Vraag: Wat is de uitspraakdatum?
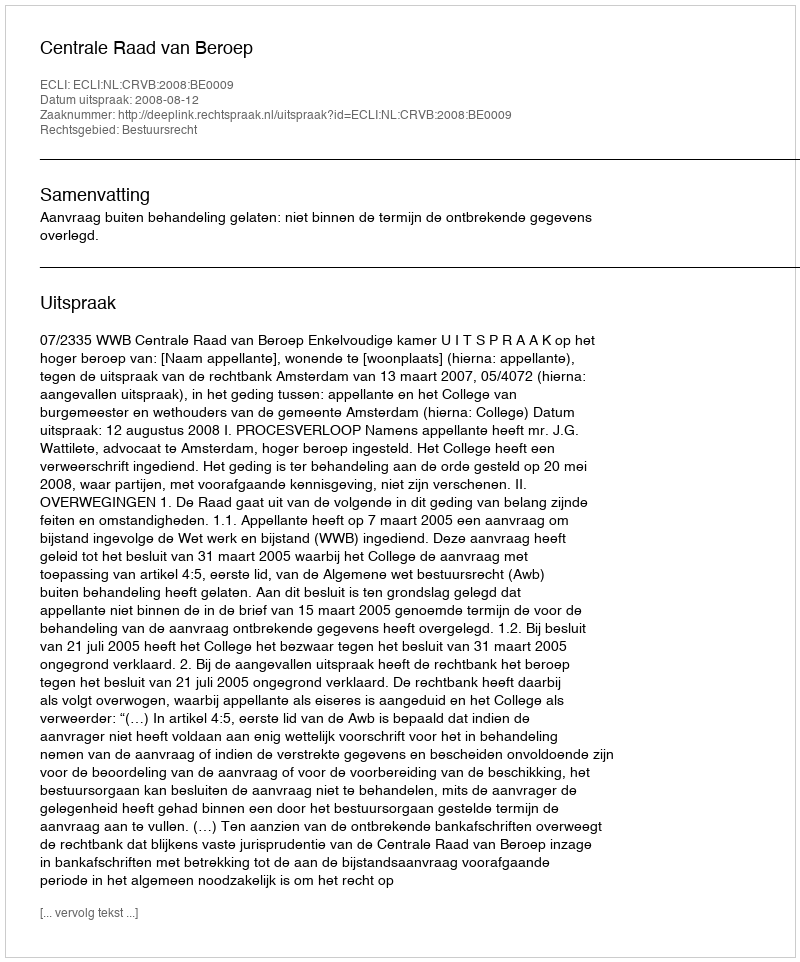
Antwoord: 2008-08-12